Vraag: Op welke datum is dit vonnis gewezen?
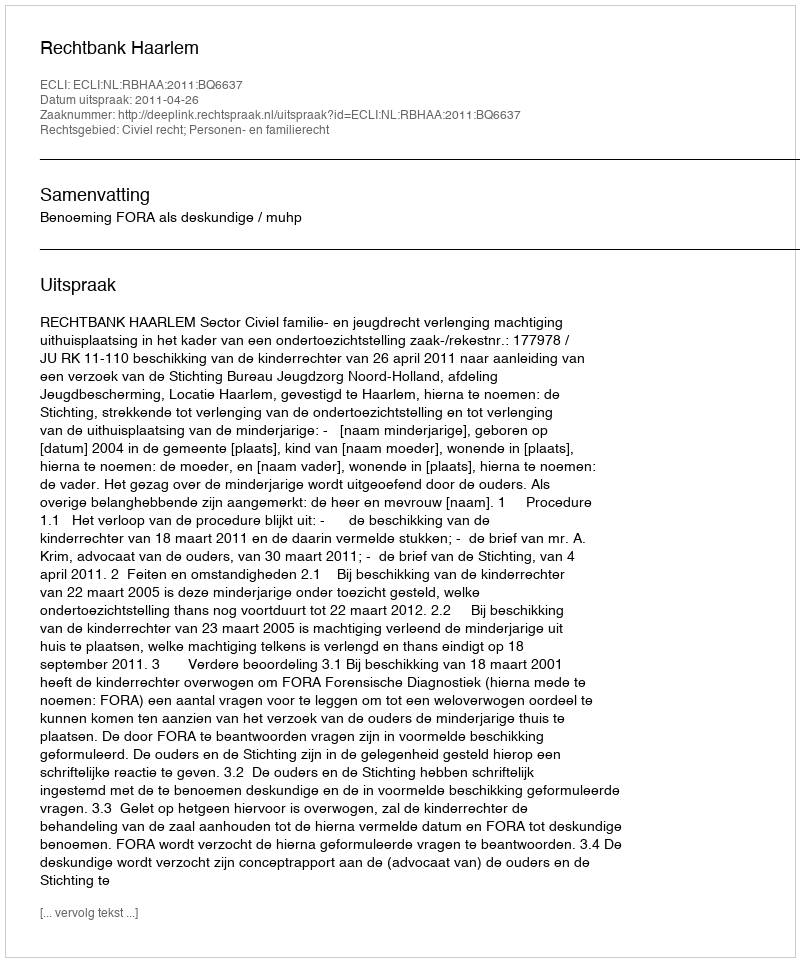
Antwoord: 2011-04-26